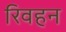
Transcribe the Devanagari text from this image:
रिवहन